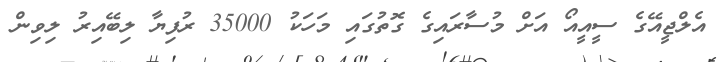
އެލްޖީއޭގެ ސީއީއޯ އަށް މުސާރައިގެ ގޮތުގައި މަހަކު 35000 ރުފިޔާ ލިބޭއިރު ލިވިން